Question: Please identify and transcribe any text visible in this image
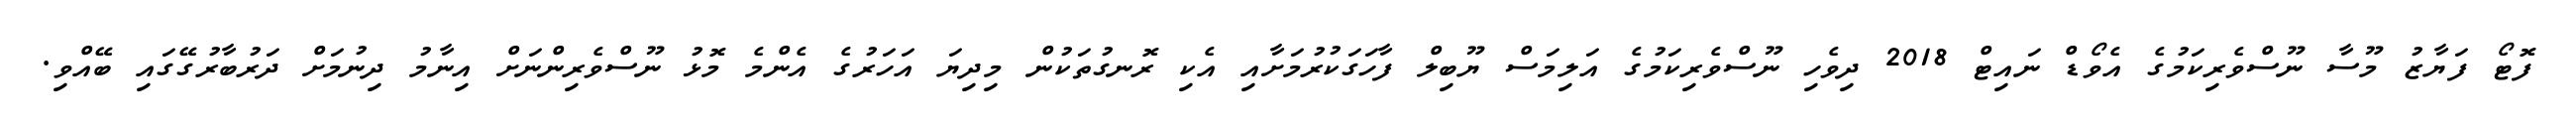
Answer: ފޮޓޯ ފަޔާޒު މޫސާ ނޫސްވެރިކަމުގެ އެވޯޑް ނައިޓް 2018 ދިވެހި ނޫސްވެރިކަމުގެ އަލިމަސް ޔޫބިލް ފާހަގަކުރުމަށާއި އެކި ރޮނގުތަކުން މިދިޔަ އަހަރުގެ އެންމެ މޮޅު ނޫސްވެރިންނަށް އިނާމު ދިނުމަށް ދަރުބާރުގޭގައި ބޭއްވި.